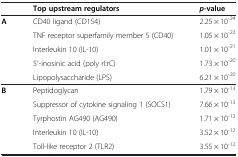
<table><thead><tr><td><b> </b></td><td><b>Top upstream regulators</b></td><td><b><i>p</i>-value</b></td></tr></thead><tbody><tr><td><b>A</b></td><td>CD40 ligand (CD154)</td><td>2.25 × 10<sup>-24</sup></td></tr><tr><td> </td><td>TNF receptor superfamily member 5 (CD40)</td><td>1.05 × 10<sup>-22</sup></td></tr><tr><td> </td><td>Interleukin 10 (IL-10)</td><td>1.01 × 10<sup>-21</sup></td></tr><tr><td> </td><td>5′-inosinic acid (poly rI:rC)</td><td>1.73 × 10<sup>-20</sup></td></tr><tr><td> </td><td>Lipopolysaccharide (LPS)</td><td>6.21 × 10<sup>-20</sup></td></tr><tr><td><b>B</b></td><td>Peptidoglycan</td><td>1.79 × 10<sup>-13</sup></td></tr><tr><td> </td><td>Suppressor of cytokine signaling 1 (SOCS1)</td><td>7.66 × 10<sup>-13</sup></td></tr><tr><td> </td><td>Tyrphostin AG490 (AG490)</td><td>1.71 × 10<sup>-12</sup></td></tr><tr><td> </td><td>Interleukin 10 (IL-10)</td><td>3.52 × 10<sup>-12</sup></td></tr><tr><td> </td><td>Toll-like receptor 2 (TLR2)</td><td>3.55 × 10<sup>-12</sup></td></tr></tbody></table>